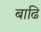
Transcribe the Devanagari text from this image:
बाढि